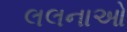
લલનાઓ